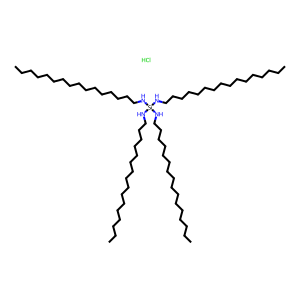
SMILES: CCCCCCCCCCCCCCCCN[Si](NCCCCCCCCCCCCCCCC)(NCCCCCCCCCCCCCCCC)NCCCCCCCCCCCCCCCC.Cl
Inhibits HIV replication: No